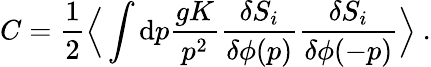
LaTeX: C={\frac{1}{2}}\Big\langle\int\mathrm{d}p{\frac{gK}{p^{2}}}{\frac{\delta S_{i}}{\delta\phi(p)}}{\frac{\delta S_{i}}{\delta\phi(-p)}}\Big\rangle\ .